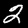
Label: 2